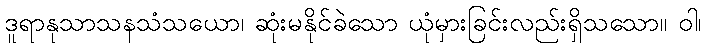
ဒူရာနုသာသနသံသယော၊ ဆုံးမနိုင်ခဲသော ယုံမှားခြင်းလည်းရှိသသော။ ဝါ၊